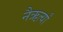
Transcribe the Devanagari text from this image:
नैऋर्त्यां